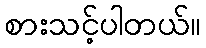
စားသင့်ပါတယ်။